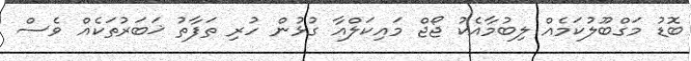
ބޮޑު މަގްބޫލުކަމެއް ލިބުމާއެކު ޖޯޖް މައިކަލްއާ ގުޅުން ހުރި ތަފާތު ޚަބަރުތަކެއް ވެސް